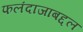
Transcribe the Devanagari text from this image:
फलंदाजाबद्दल